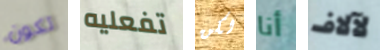
تكون تفعليه لكن أنا لآلاف